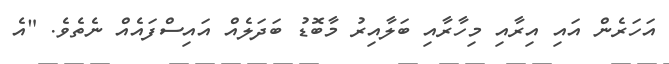
އަހަރެން އައި އިރާއި މިހާރާއި ބަލާއިރު މާބޮޑު ބަދަލެއް އައިސްފައެއް ނެތެވެ. "އެ